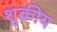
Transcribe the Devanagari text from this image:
शुक्रीय